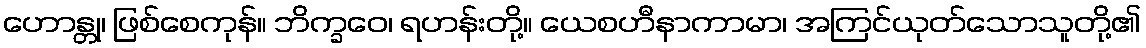
ဟောန္တု၊ ဖြစ်စေကုန်။ ဘိက္ခဝေ၊ ရဟန်းတို့။ ယေစဟီနာကာမာ၊ အကြင်ယုတ်သောသူတို့၏